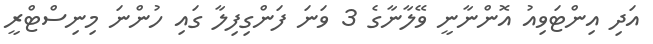
އަދި އިންޓަވިއު އޮންނާނީ ވޭލާނާގެ 3 ވަނަ ފަންގިފިލާ ގައި ހުންނަ މިނިސްޓްރީ